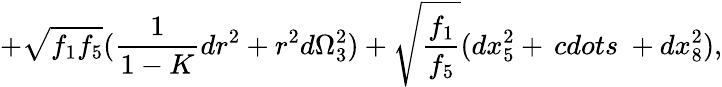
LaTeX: +\sqrt{f_{1}f_{5}}(\frac{1}{1-K}dr^{2}+r^{2}d\Omega_{3}^{2})+\sqrt{\frac{f_{1}}{f_{5}}}(dx_{5}^{2}+\, cdots\ +dx_{8}^{2}),